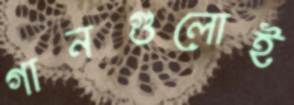
গানগুলোই